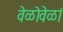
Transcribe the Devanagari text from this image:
वेळोवेळां